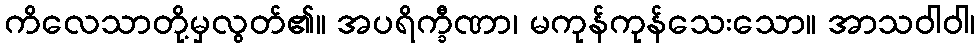
ကိလေသာတို့မှလွတ်၏။ အပရိက္ခီဏာ၊ မကုန်ကုန်သေးသော။ အာသဝါဝါ၊